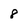
Character: 8